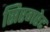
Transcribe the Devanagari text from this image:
सिरगरेट